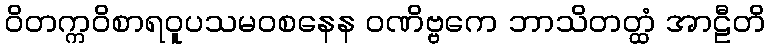
ဝိတက္ကဝိစာရဝူပသမဝစနေန ဝဏိဗ္ဗကေ ဘာသိတတ္ထံ အာဠီတိ